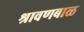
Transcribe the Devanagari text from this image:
श्रावणबाळ